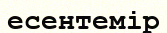
есентемір